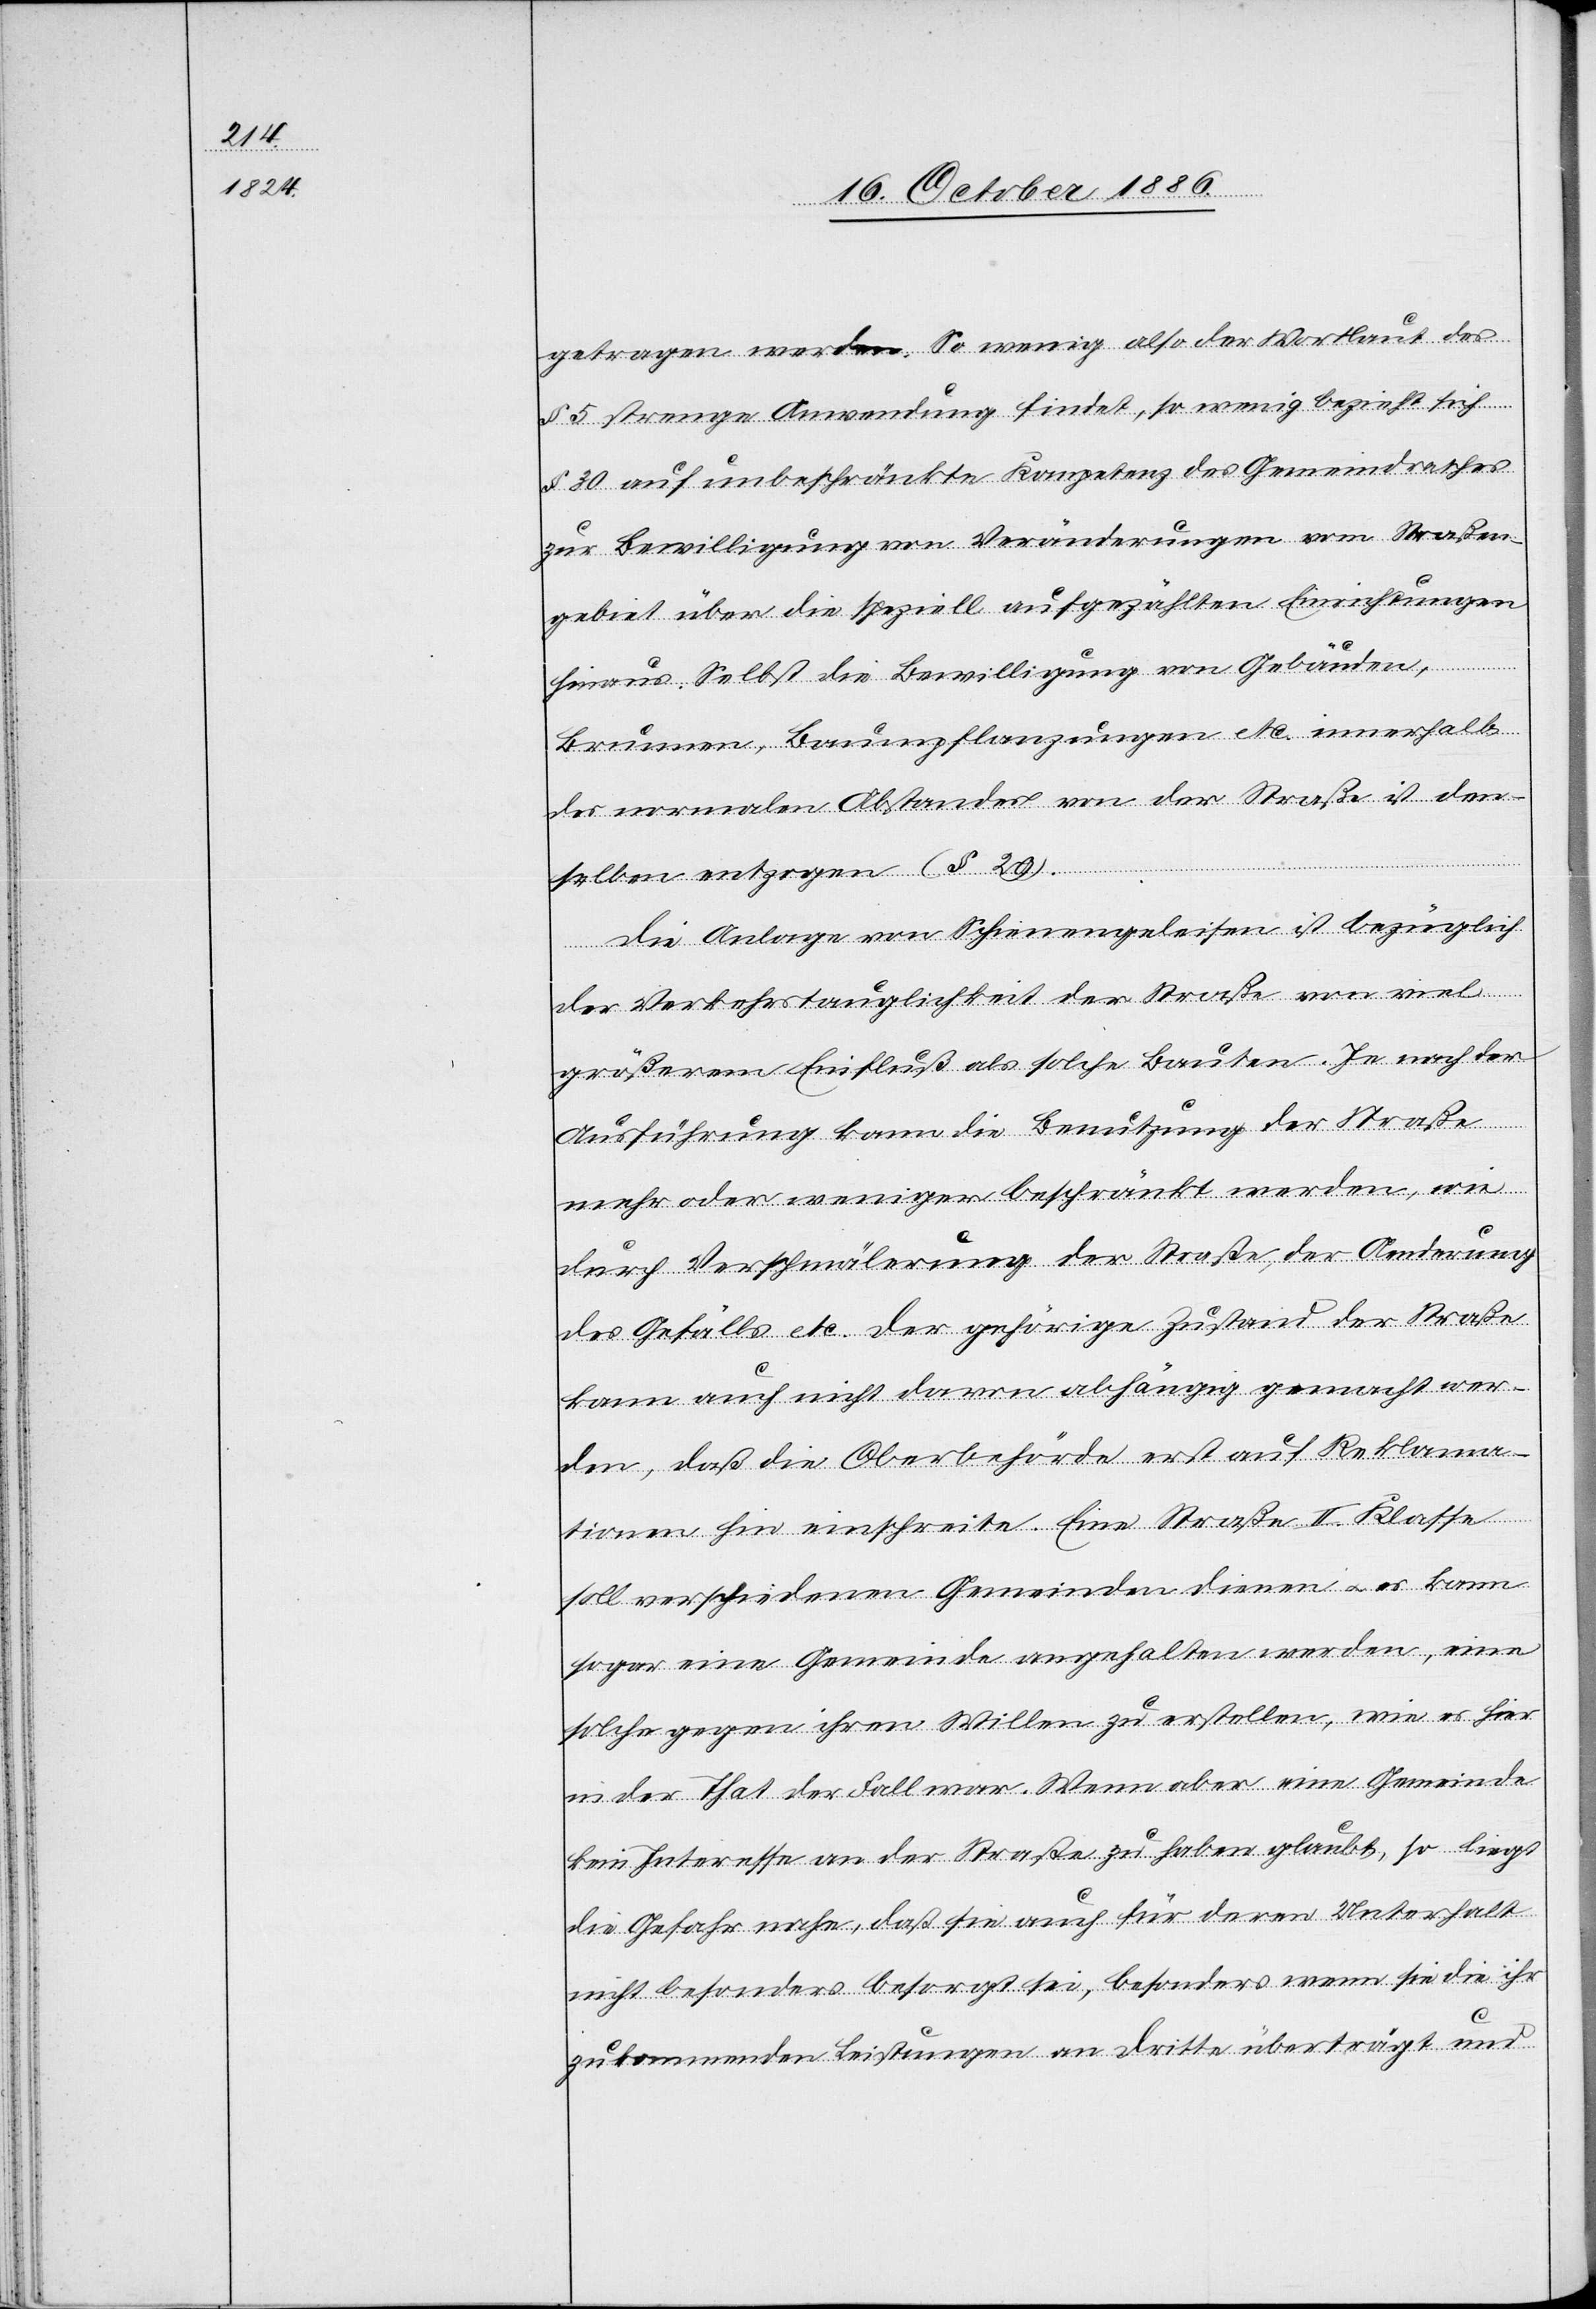
getragen werden. So wenig also der Wortlaut des
§ 5 strenge Anwendung findet, so wenig bezieht sich
§ 30 auf unbeschränkte Kompetenz des Gemeindrathes
zur Bewilligung von Veränderungen vom Straßen¬
gebiet über die speziell aufgezählten Einrichtungen
hinaus. Selbst die Bewilligung von Gebäuden,
Brunnen, Baumpflanzungen etc. innerhalb
des normalen Abstandes von der Straße ist dem¬
selben entzogen (§ 29.)
Die Anlage von Schienengeleisen ist bezüglich
der Verkehrstauglichkeit der Straße von viel
größerem Einfluss als solche Bauten. Je nach der
Ausführung kann die Benutzung der Straße
mehr oder weniger beschränkt werden, wie
durch Verschmälerung der Straße, der Aenderung
des Gefälls etc. Der gehörige Zustand der Straße
kann auch nicht davon abhängig gemacht wer¬
den, daß die Oberbehörde erst auf Reklama¬
tionen hin einschreite. Eine Straße II. Klasse
soll verschiedenen Gemeinden dienen & es kann
sogar eine Gemeinde angehalten werden, eine
solche gegen ihren Willen zu erstellen, wie es hier
in der That der Fall war. Wenn aber eine Gemeinde
kein Interesse an der Straße zu haben glaubt, so liegt
die Gefahr nahe, daß sie auch für deren Unterhalt
nicht besonders besorgt sei, besonders wenn sie die ihr
zukommenden Leistungen an Dritte überträgt und